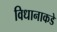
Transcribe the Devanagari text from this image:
विधानाकडे